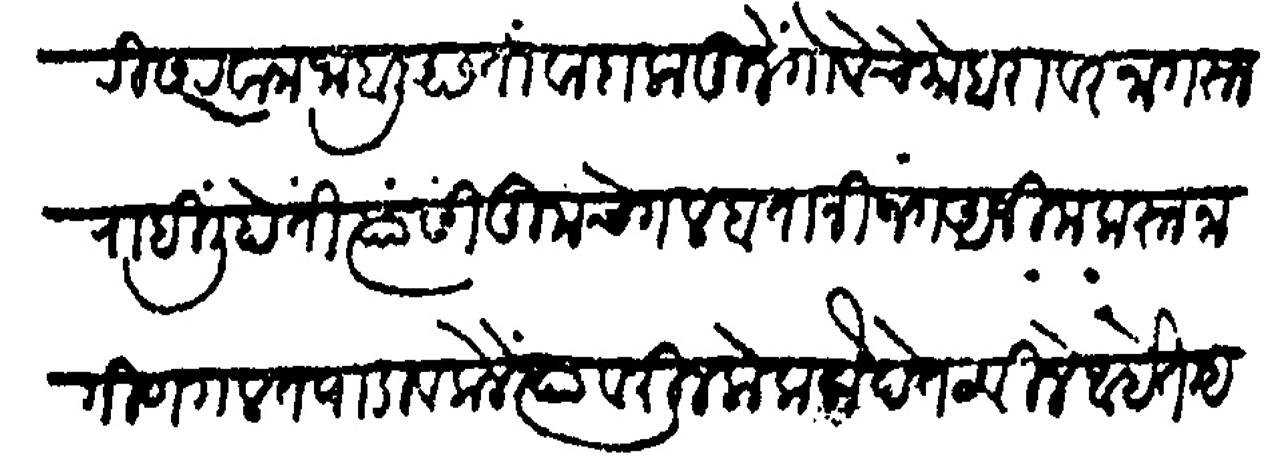
Transliteration (Devanagari): स्वारीस रवाना जाहली असता वादलामुळे गोवेचे मोबरावर नांगरून राहीली होती त्यासी तुमचे गलबतानी जंग अजीम करून नागिण गलबत पाडावे केले त्यावरील लोक कैदेत ठेवीले आहेत म्हणोन